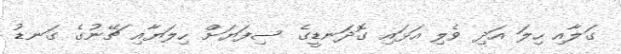
ގަލާއި ހިލަ އަދި ވެލި އަޅައި ގޮދަނޑީގެ ސިފަޔަށް ހިލަޔާއި ޗޭނުގެ ގަނޑު